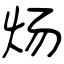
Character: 炀